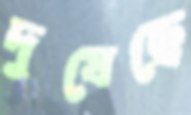
দুষেছে